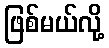
ဖြစ်မယ်လို့